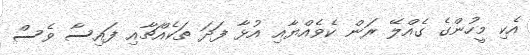
އެކި މީހުންގެ ގެއްލޭ ރަން ކެވެއްޔާއި އުޅާ ފަދަ ތަކެއްޗާއި ފައިސާ ވެސް